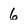
Character: 6